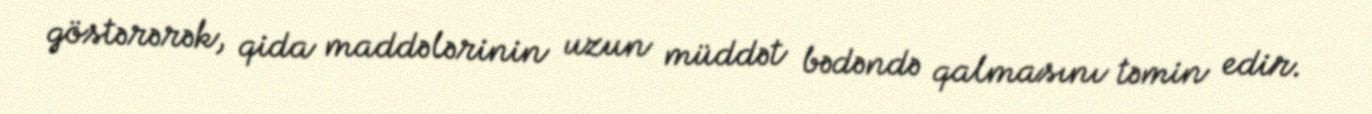
göstərərək, qida maddələrinin uzun müddət bədəndə qalmasını təmin edir.